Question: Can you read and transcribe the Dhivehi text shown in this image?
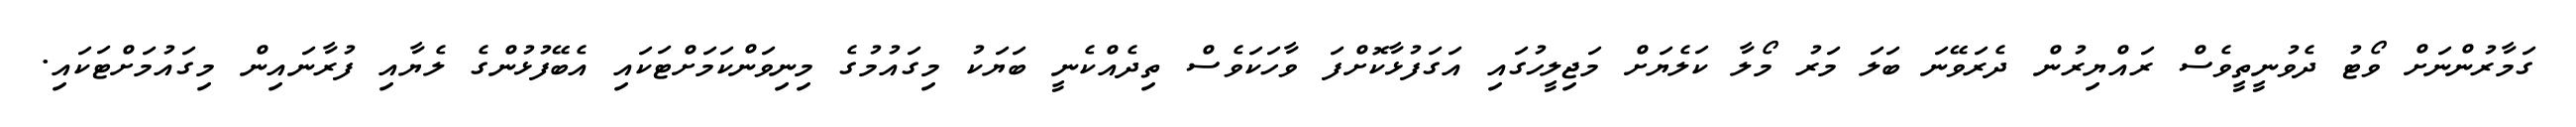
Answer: ގަމާރުންނަށް ވޯޓު ދެވުނީތީވެސް ރައްޔިރުން ދެރަވޭނަ ބަލަ މަރު މޯލާ ކަލެޔަށް މަޖިލީހުގައި އަގަފުޅާކޮށްފަ ވާހަކަވެސް ތިދެއްކެނީ ބަޔަކު މިގައުމުގެ މިނިވަންކަމަށްޓަކައި އެބޭފުޅުންގެ ލެޔާއި ފުރާނައިން މިގައުމަށްޓަކައި.